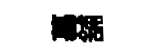
墓舖